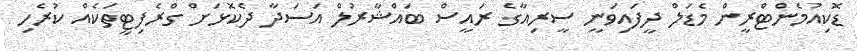
ޑޮކިއުމެންޓްރީން މެޑަލް ދީފައިވަނީ ސީރިއާގެ ރައީސް ބައްޝާރުލް އަސަދާ ދެކޮޅަށް ގްރެފިޓީތަކެއް ކުރެހި